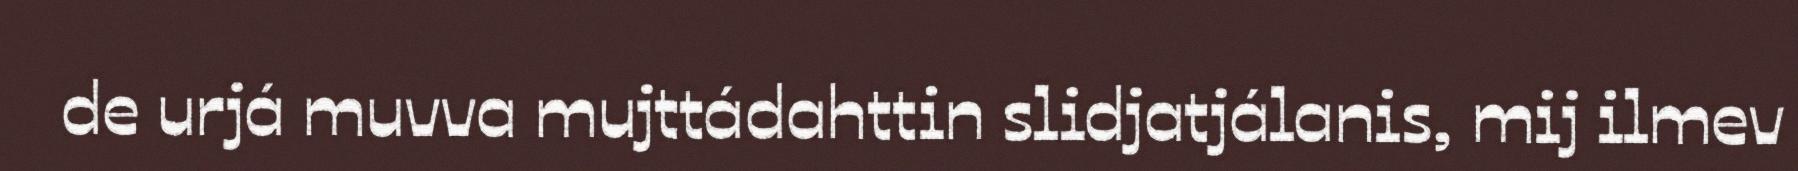
de urjá muvva mujttádahttin slidjatjálanis, mij ilmev